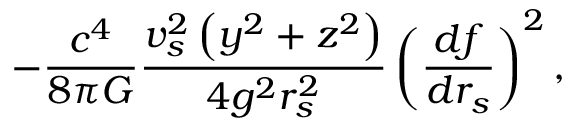
- { \frac { c ^ { 4 } } { 8 \pi G } } { \frac { v _ { s } ^ { 2 } \left( y ^ { 2 } + z ^ { 2 } \right) } { 4 g ^ { 2 } r _ { s } ^ { 2 } } } \left( { \frac { d f } { d r _ { s } } } \right) ^ { 2 } ,